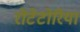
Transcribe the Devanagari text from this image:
रोटेटोरिया